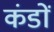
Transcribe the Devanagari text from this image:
कंडों